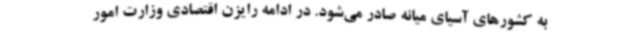
به کشورهای آسیای میانه صادر می‌شود. در ادامه رایزن اقتصادی وزارت امور